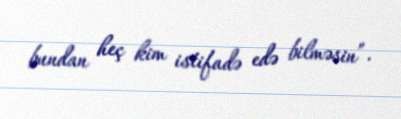
bundan heç kim istifadə edə bilməsin”.